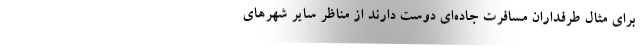
برای مثال طرفداران مسافرت جاده‌ای دوست دارند از مناظر سایر شهرهای